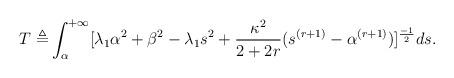
LaTeX: \begin{align*}\begin{aligned}T\triangleq &\int^{+\infty}_\alpha[\lambda_1\alpha^2+\beta^2-\lambda_1s^2+\frac{\kappa^2}{2+2r}(s^{(r+1)}-\alpha^{(r+1)})]^{\frac{-1}{2}}ds. \end{aligned}\end{align*}